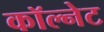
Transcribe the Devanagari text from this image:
कॉल्नेट